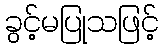
ခွင့်မပြုသဖြင့်